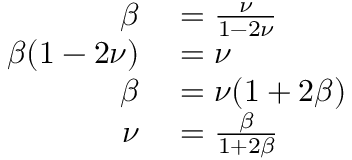
\begin{array} { r l } { \beta } & { { } = \frac { \nu } { 1 - 2 \nu } } \\ { \beta ( 1 - 2 \nu ) } & { { } = \nu } \\ { \beta } & { { } = \nu ( 1 + 2 \beta ) } \\ { \nu } & { { } = \frac { \beta } { 1 + 2 \beta } } \end{array}